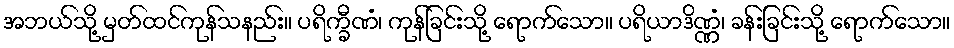
အဘယ်သို့ မှတ်ထင်ကုန်သနည်း။ ပရိက္ခီဏံ၊ ကုန်ခြင်းသို့ ရောက်သော။ ပရိယာဒိဏ္ဏံ၊ ခန်းခြင်းသို့ ရောက်သော။